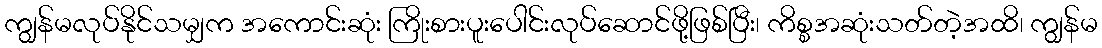
ကျွန်မလုပ်နိုင်သမျှက အကောင်းဆုံး ကြိုးစားပူးပေါင်းလုပ်ဆောင်ဖို့ဖြစ်ပြီး၊ ကိစ္စအဆုံးသတ်တဲ့အထိ၊ ကျွန်မ